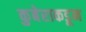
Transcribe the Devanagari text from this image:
कुबेराकडून